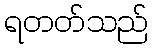
ရတတ်သည်